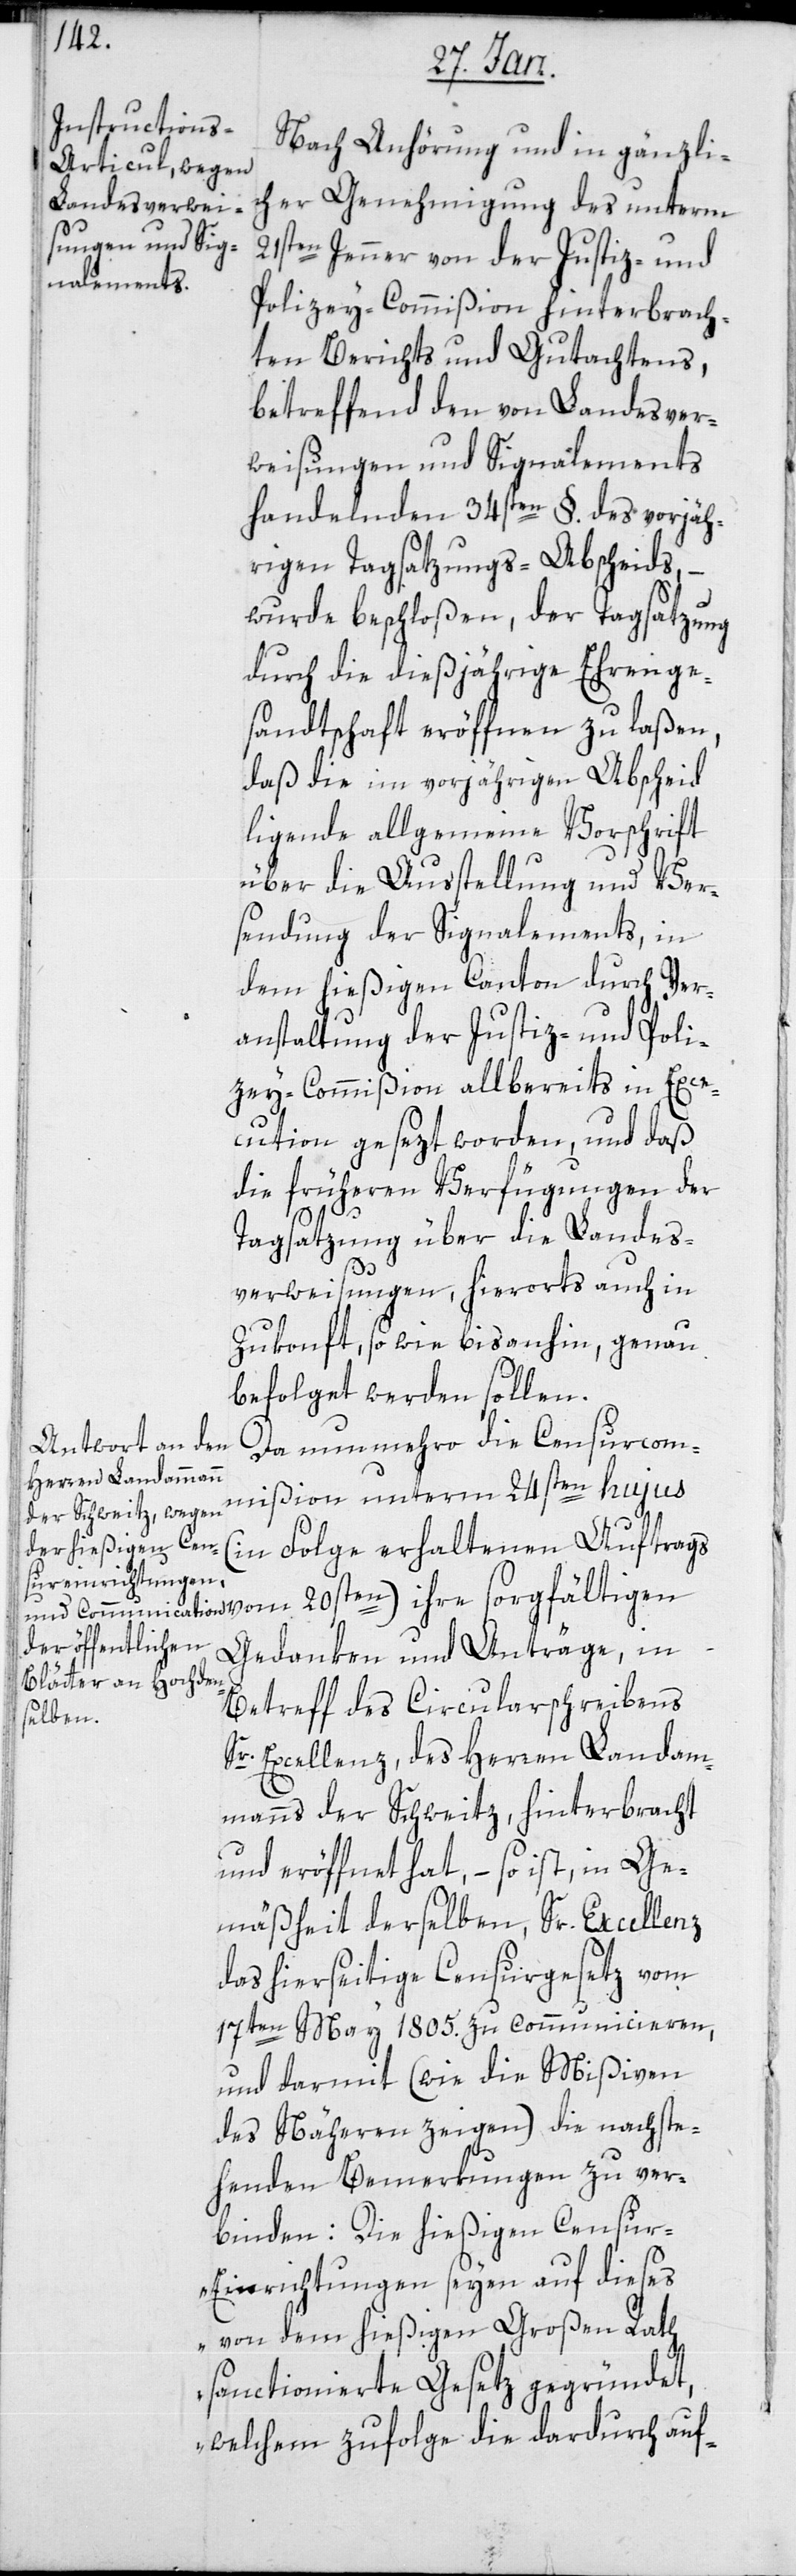
Nach Anhörung und in gänzli¬
cher Genehmigung des unterm
21sten Jenner von der Justiz- und
Polizey-Commißion hinterbrach¬
ten Berichts und Gutachtens,
betreffend den von Landesver¬
weisungen und Signalements
handelnden 34sten §. des vorjäh¬
rigen Tagsatzungs-Abscheids, –
wurde beschloßen, der Tagsatzung
durch die diesjährige Ehrenge¬
sandtschaft eröffnen zu laßen,
daß die im vorjährigen Abscheid
liegende allgemeine Vorschrift
über die Ausstellung und Ver¬
sendung der Signalements, in
den hießigen Canton durch Ver¬
anstaltung der Justiz- und Poli¬
zey-Commißion allbereits in Exe¬
cution gesezt worden, und daß
die früheren Verfügungen der
Tagsatzung über die Landes¬
verweisungen, hierorts auch in
Zukonft so wie bis anhin, genau
befolget werden sollen.
Da nunmehro die Censurcom¬
mißion unterm 24sten hujus
(in Folge erhaltenen Auftrags
Gedanken und Anträge, in
Betreff des Circularschreibens
Sr Excellenz des Herren Landam¬
manns der Schweitz, hinterbracht
und eröffnet hat, – so ist, in Ge¬
mäßheit derselben, Sr. Excellenz
das hierseitige Censurgesetz vom
17ten Mai 1805 zu communicieren,
und darmit (wie die Mißiven
des Näheren zeigen) die nachste¬
henden Bemerkungen zu ver¬
binden: „Die hießigen Censur¬
einrichtungen seyen auf dieses
von dem hießigen Großen Rath
sanctionierte Gesetz gegründet,
welchem zufolge die dardurch auf-